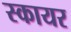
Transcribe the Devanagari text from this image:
स्कायर